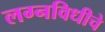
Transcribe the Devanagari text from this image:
लग्नविधीचे